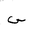
Letter: _sin